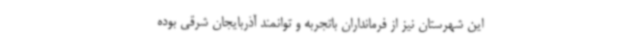
این شهرستان نیز از فرمانداران باتجربه و توانمند آذربایجان شرقی بوده